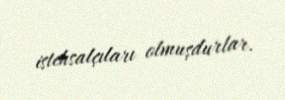
istehsalçıları olmuşdurlar.